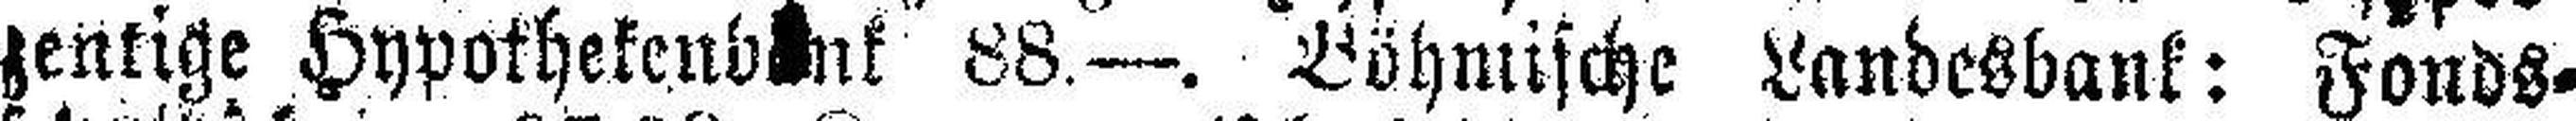
zentige Hypothekenbank 88.—. Böhmische Lanbesbank: Fonds¬